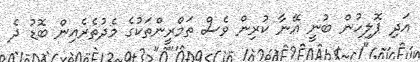
އަދި ޕޮލިހުން ބުނީ އޭނާ ކުރިން ވެސް ތަމްރީންތަކުގެ މެދުތެރެއިން ބޮޑު ދެ